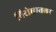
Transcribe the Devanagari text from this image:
विरोधातला